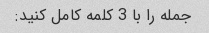
جمله را با 3 کلمه کامل کنید: